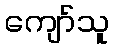
ကျော်သူ